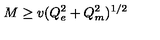
M \ge v ( Q _ { e } ^ { 2 } + Q _ { m } ^ { 2 } ) ^ { 1 / 2 }